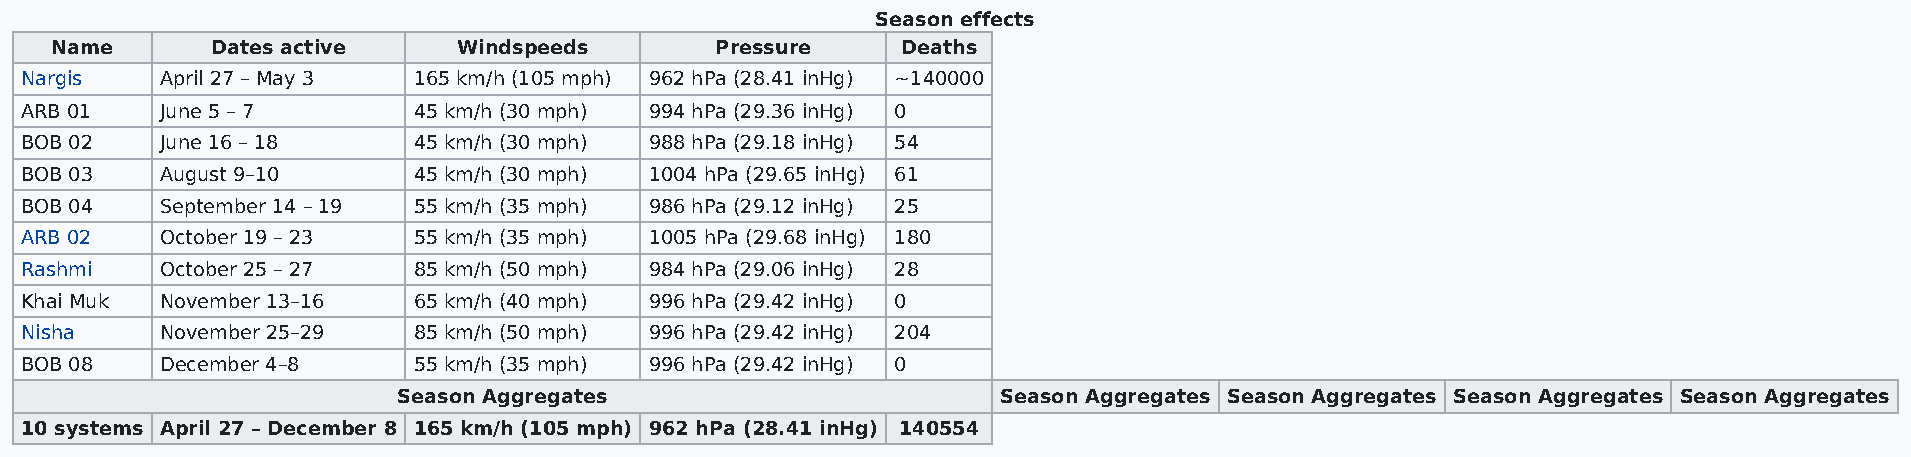
Season effects
 Name       Dates active    Windspeeds       Pressure     Deaths
 Nargis    April 27 – May 3 165 km/h (105 mph) 962 hPa (28.41 inHg) ~140000
 ARB 01    June 5 – 7      45 km/h (30 mph) 994 hPa (29.36 inHg) 0
 BOB 02    June 16 – 18    45 km/h (30 mph) 988 hPa (29.18 inHg) 54
 BOB 03    August 9–10     45 km/h (30 mph) 1004 hPa (29.65 inHg) 61
 BOB 04    September 14 – 19 55 km/h (35 mph) 986 hPa (29.12 inHg) 25
 ARB 02    October 19 – 23 55 km/h (35 mph) 1005 hPa (29.68 inHg) 180
 Rashmi    October 25 – 27 85 km/h (50 mph) 984 hPa (29.06 inHg) 28
 Khai Muk  November 13–16  65 km/h (40 mph) 996 hPa (29.42 inHg) 0
 Nisha     November 25–29  85 km/h (50 mph) 996 hPa (29.42 inHg) 204
 BOB 08    December 4–8    55 km/h (35 mph) 996 hPa (29.42 inHg) 0
 Season Aggregates                       Season Aggregates Season Aggregates Season Aggregates Season Aggregates
 10 systems April 27 – December 8 165 km/h (105 mph) 962 hPa (28.41 inHg) 140554